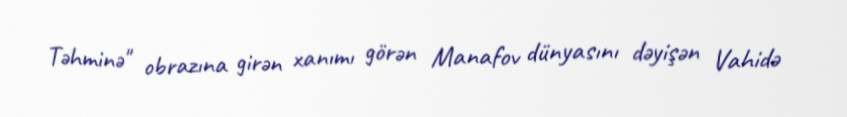
Təhminə" obrazına girən xanımı görən Manafov dünyasını dəyişən Vahidə